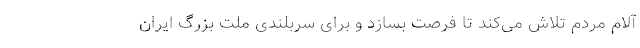
آلام مردم تلاش می‌کند تا فرصت بسازد و برای سربلندی ملت بزرگ ایران